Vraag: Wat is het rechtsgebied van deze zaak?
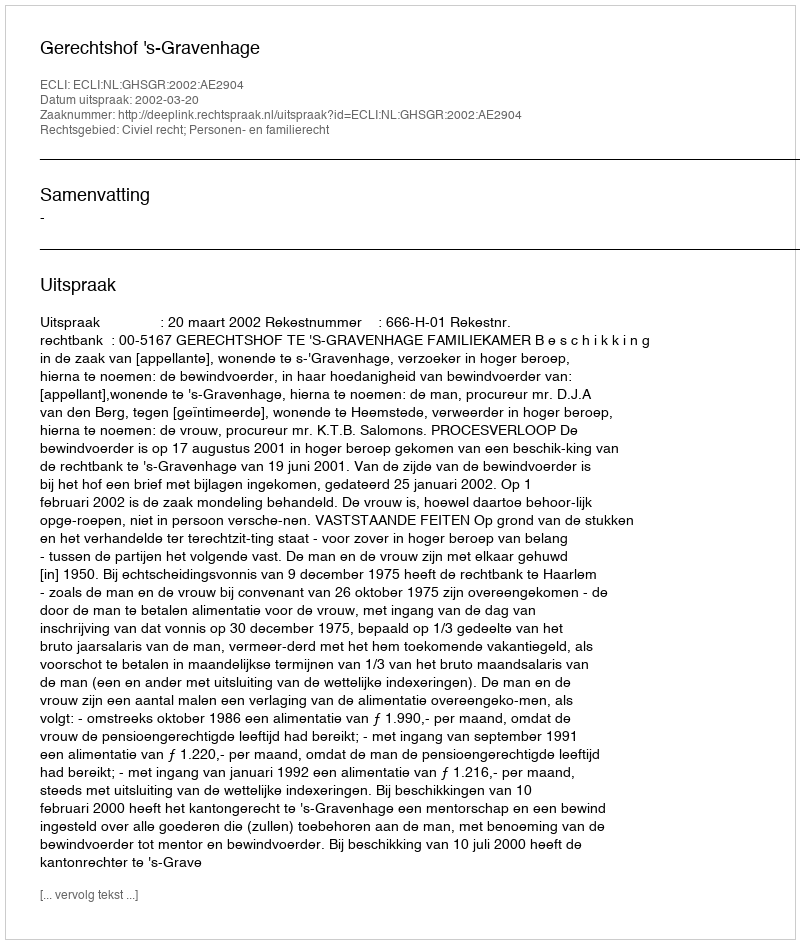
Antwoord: Civiel recht; Personen- en familierecht